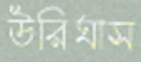
উরিঘাস